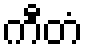
ကီတံ